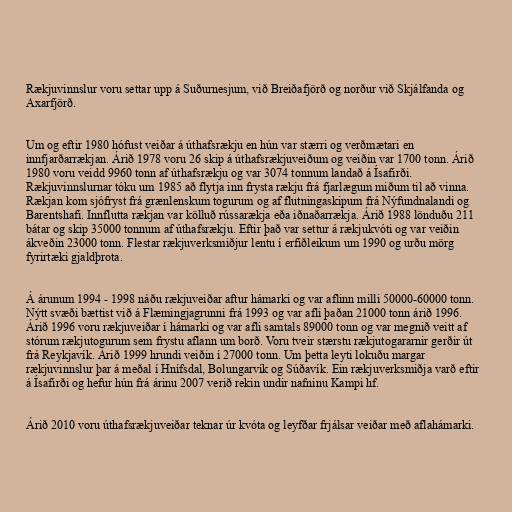
Rækjuvinnslur voru settar upp á Suðurnesjum, við Breiðafjörð og norður við Skjálfanda og
Axarfjörð.

Um og eftir 1980 hófust veiðar á úthafsrækju en hún var stærri og verðmætari en
innfjarðarrækjan. Árið 1978 voru 26 skip á úthafsrækjuveiðum og veiðin var 1700 tonn. Árið
1980 voru veidd 9960 tonn af úthafsrækju og var 3074 tonnum landað á Ísafirði.
Rækjuvinnslurnar tóku um 1985 að flytja inn frysta rækju frá fjarlægum miðum til að vinna.
Rækjan kom sjófryst frá grænlenskum togurum og af flutningaskipum frá Nýfundnalandi og
Barentshafi. Innflutta rækjan var kölluð rússarækja eða iðnaðarrækja. Árið 1988 lönduðu 211
bátar og skip 35000 tonnum af úthafsrækju. Eftir það var settur á rækjukvóti og var veiðin
ákveðin 23000 tonn. Flestar rækjuverksmiðjur lentu í erfiðleikum um 1990 og urðu mörg
fyrirtæki gjaldþrota.

Á árunum 1994 - 1998 náðu rækjuveiðar aftur hámarki og var aflinn milli 50000-60000 tonn.
Nýtt svæði bættist við á Flæmingjagrunni frá 1993 og var afli þaðan 21000 tonn árið 1996.
Árið 1996 voru rækjuveiðar í hámarki og var afli samtals 89000 tonn og var megnið veitt af
stórum rækjutogurum sem frystu aflann um borð. Voru tveir stærstu rækjutogararnir gerðir út
frá Reykjavík. Árið 1999 hrundi veiðin í 27000 tonn. Um þetta leyti lokuðu margar
rækjuvinnslur þar á meðal í Hnífsdal, Bolungarvík og Súðavík. Ein rækjuverksmiðja varð eftir
á Ísafirði og hefur hún frá árinu 2007 verið rekin undir nafninu Kampi hf.

Árið 2010 voru úthafsrækjuveiðar teknar úr kvóta og leyfðar frjálsar veiðar með aflahámarki.